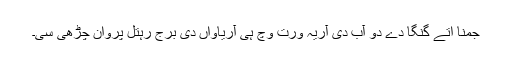
جمنا اتے گنگا دے دو آب دی آریہ ورت وچّ ہی آریاواں دی برج رہتل پروان چڑھی سی۔